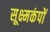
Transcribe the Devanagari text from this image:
सूक्ष्मकंपों